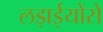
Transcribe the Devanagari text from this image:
लड़ाईयोंसे